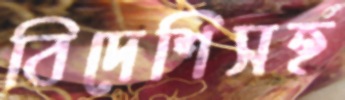
বিদেশিসহ